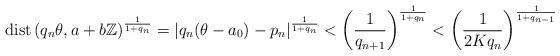
LaTeX: \begin{align*}\mathrm{dist}\left(q_n\theta,a+b\mathbb{Z}\right)^{\frac{1}{1+q_n}} =\left|q_n(\theta-a_0) -p_n\right|^{\frac{1}{1+q_n}}<\left(\frac{1}{q_{n+1}}\right)^{\frac{1}{1+q_n}}<\left(\frac{1}{2Kq_{n}}\right)^{\frac{1}{1+q_{n-1}}}\end{align*}